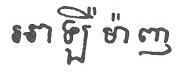
អាឡឺ ម៉ាញ